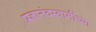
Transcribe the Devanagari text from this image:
प्रज्ञानंदस्वामींच्या